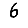
Digit: 6